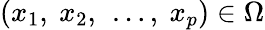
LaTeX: (x_{1},\ x_{2},\ \ldots,\ x_{p})\in\Omega